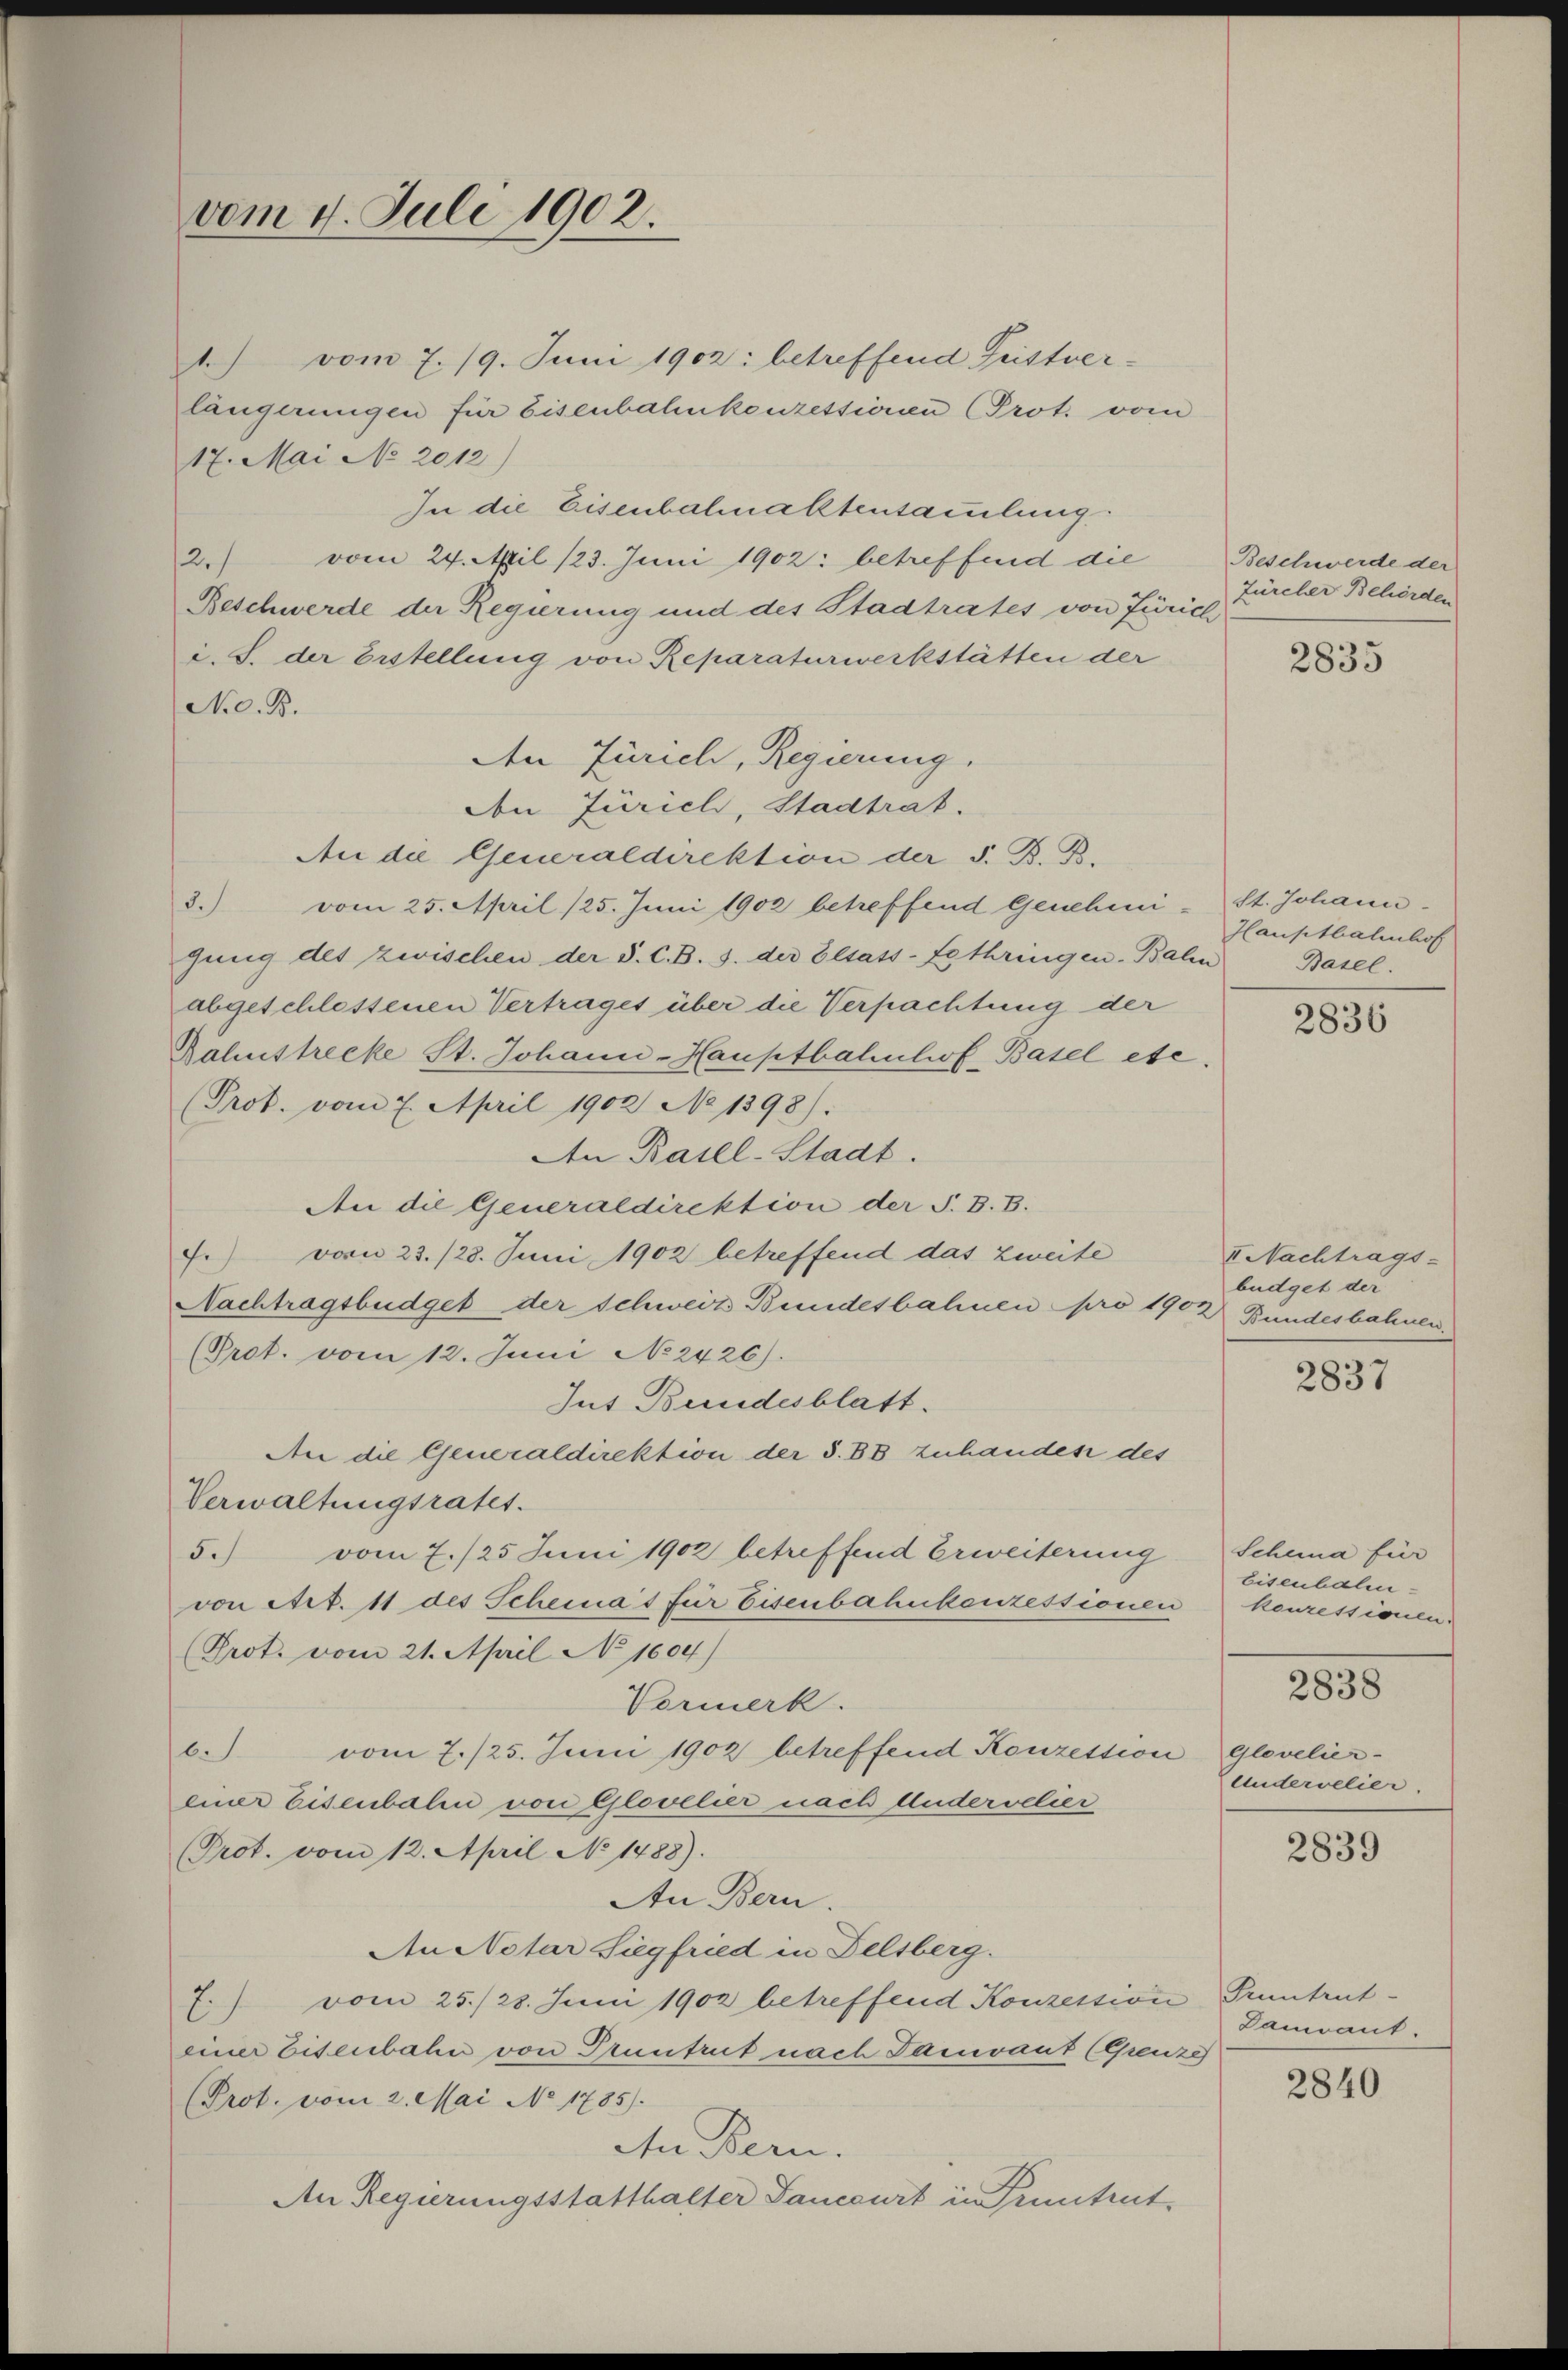
vom 4. Juli 1902.

1.) vom 7. 19. Juni 1902: betreffend Geistverlängerungen für Eisenbahnkonzessionen (Prot. vom
17. Mai No 2012)
In die Eisenbahnaktensammlung.
2.) vom 24. April 123. Juni 1902: betreffend die
Beschwerde der Regierung und des Stadtrates von Zürich
i. S. der Erstellung von Reparaturwerkstätten der
N.O.B.
Den Zürich, Regierung.
Von Zürich, Stadtrat.
An die Generaldirektion der S. B. B.
3.) vom 25. April (25. Juni 1902 betreffend Genehmi-St. Johann
gung des zwischen der S. C. B. 3. der Elsass-Lothringen-Balin
abgeschlossenen Vertrages über die Verpachtung der
Bahnstrecke St. Johann-Hauptbahnhof, Basel etc.
(Prot. vom 7. April 1902 No 1398).
An Basel-Stadt.
An die Generaldirektion der S. B. B.
.) vom 23./28. Juni 1902 betreffend das zweite
Nachtragsbüdget der schweiz Bundesbahnen pro 1903
(Prot. vom 12. Juni No 2426).
Jut Bundesblatt.
An die Generaldirektion der S. 88 zuhandes des
Verwaltungsratet.
5.) vom 7./25 Juni 1902 betreffend Erweiterung
von Art. 11 des Schemas für Eisenbahnkonzessionen
Prot. vom 21. April No 1604)
Vormerk.
b.) vom 7./25. Juni 1902 betreffend Konzession
einer Eisenbalen von Glovelier nach Anderschier
Prot. vom 12. April No 1488).
An Bern.
An Notar Siegfried in Felsberg.
E.) vom 25./28. Juni 1902 betreffend Konzession, Pruntruteiner Eisenbahn von Pruntrut nach Tamvant (Grenze
(Prot. vom 2. Mai No 1785.
An Bern.
An Regierungsstatthalter Sancourt in Pruntrut,

Beschwerde der
Zürcher Behörden

2835

Hauptbahnhof
Basel.

2836

II Nachtrags-
büdget der
Bundesbahnen.

2837

Schema für
Eisenbahn-
konzessionen.

2838

Glovelier-
Andervelier.

2839

Damoant.

2840